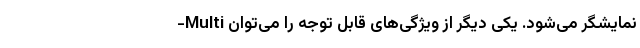
نمایشگر می‌شود. یکی دیگر از ویژگی‌های قابل توجه را می‌توان Multi-